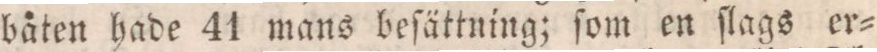
båten hade 41 mans beſättning; ſom en ſlags er=